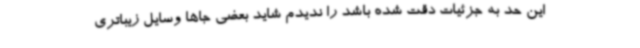
این حد به جزئیات دقت شده باشد را ندیدم شاید بعضی جاها وسایل زیباتری